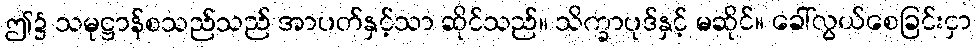
ဤ၌ သမုဋ္ဌာန်စသည်သည် အာပတ်နှင့်သာ ဆိုင်သည်။ သိက္ခာပုဒ်နှင့် မဆိုင်။ ခေါ်လွယ်စေခြင်းငှာ